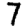
Digit: 7